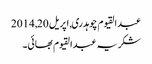
عبدالقیوم چوہدری, ‏اپریل 20, 2014
شکریہ عبدالقیوم بھائی۔